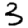
Digit: 3